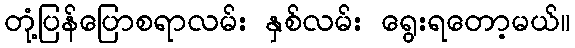
တုံ့ပြန်ပြောစရာလမ်း နှစ်လမ်း ရွေးရတော့မယ်။